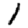
Digit: 1